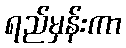
ရည်မှန်းကာ